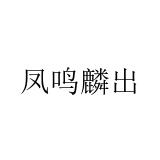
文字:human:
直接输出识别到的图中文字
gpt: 凤鸣麟出